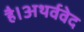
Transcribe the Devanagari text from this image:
है।अथर्ववेद